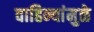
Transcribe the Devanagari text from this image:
वाहिन्यांमुळे